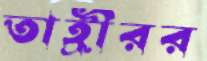
তাহ্রীরর